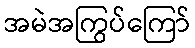
အမဲအကြွပ်ကြော်